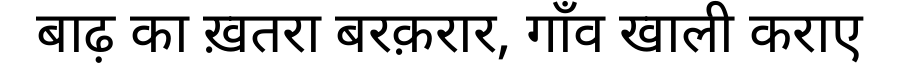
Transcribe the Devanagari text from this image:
बाढ़ का ख़तरा बरक़रार, गाँव खाली कराए